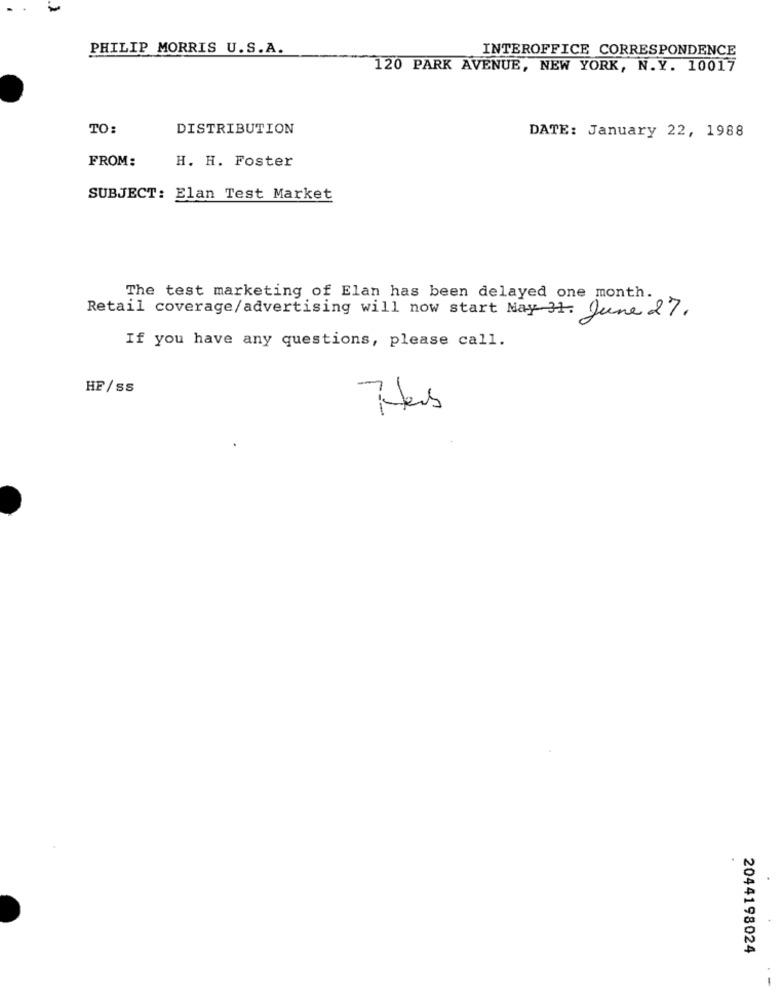
-
PHILIP MORRIS U.S.A.
INTEROFFICE CORRESPONDENCE
120 PARK AVENUE, NEW YORK, N.Y. 10017
TO:
DISTRIBUTION
DATE: January 22, 1988
FROM:
H. H. Foster
SUBJECT: Elan Test Market
The test marketing of Elan has been delayed one month.
Retail coverage/advertising will now start May 31. June 27.
If you have any questions, please call.
HF/ ss
2044198024